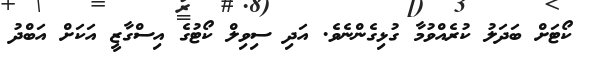
ކޯޓަށް ބަދަލު ކުރެއްވުމާ ގުޅިގެންނެވެ. އަދި ސިވިލް ކޯޓުގެ އިސްގާޒީ އަކަށް އަބްދު